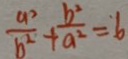
\frac { a ^ { 2 } } { b ^ { 2 } } + \frac { b ^ { 2 } } { a ^ { 2 } } = 6